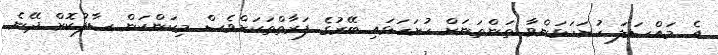
އެ މައްސަލަ ހުށަހަޅަންވާ ތަންތަނަށް ހުށަހަޅައި ބޭރުގެ ފަރާތްތަކަށްވެސް މިކަންކަން ސާފުކޮށް ދޭނެ